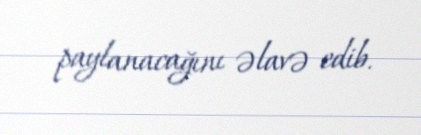
paylanacağını əlavə edib.